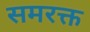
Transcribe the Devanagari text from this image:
समरक्त